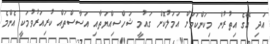
އަދި އޭގެ އިތުރުން މިކަންކަމަށް އަމަލުކޮށް ގައުމީ ޝަހްސިއްޔަތާއި އަސާސްތައް ކުރިއަރުވުމަކީ އެންމެ